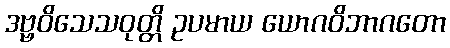
ဒဗ္ဗဝိသေသဝုတ္တိ ဥပမာယ ယောဂဝိဘာဂတော